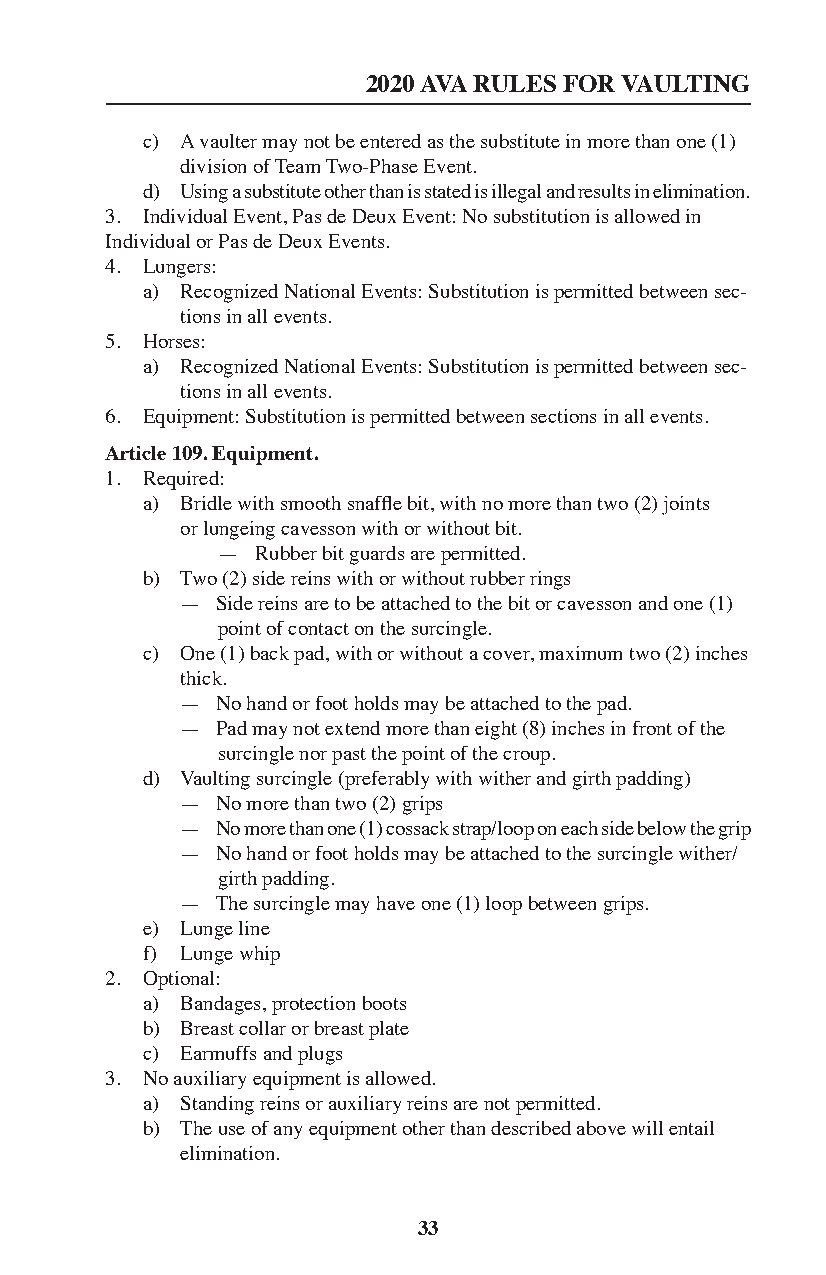
2020 AVA RULES FOR VAULTING
 c) A vaulter may not be entered as the substitute in more than one (1)
 division of Team Two-Phase Event.
 d) Using a substitute other than is stated is illegal and results in elimination.
 3. Individual Event, Pas de Deux Event: No substitution is allowed in
 Individual or Pas de Deux Events.
 4. Lungers:
 a) Recognized National Events: Substitution is permitted between sec-
 tions in all events.
 5. Horses:
 a) Recognized National Events: Substitution is permitted between sec-
 tions in all events.
 6. Equipment: Substitution is permitted between sections in all events.
 Article 109. Equipment.
 1. Required:
 a) Bridle with smooth snaffle bit, with no more than two (2) joints
 or lungeing cavesson with or without bit.
 —  Rubber bit guards are permitted.
 b) Two (2) side reins with or without rubber rings
 — Side reins are to be attached to the bit or cavesson and one (1)
 point of contact on the surcingle.
 c) One (1) back pad, with or without a cover, maximum two (2) inches
 thick.
 — No hand or foot holds may be attached to the pad.
 — Pad may not extend more than eight (8) inches in front of the
 surcingle nor past the point of the croup.
 d) Vaulting surcingle (preferably with wither and girth padding)
 — No more than two (2) grips
 — No more than one (1) cossack strap/loop on each side below the grip
 — No hand or foot holds may be attached to the surcingle wither/
 girth padding.
 — The surcingle may have one (1) loop between grips.
 e) Lunge line
 f) Lunge whip
 2. Optional:
 a) Bandages, protection boots
 b) Breast collar or breast plate
 c) Earmuffs and plugs
 3. No auxiliary equipment is allowed.
 a) Standing reins or auxiliary reins are not permitted.
 b) The use of any equipment other than described above will entail
 elimination.
 33